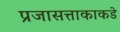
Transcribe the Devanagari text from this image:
प्रजासत्ताकाकडे